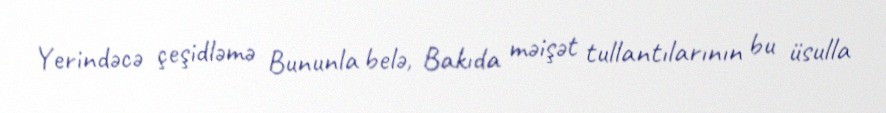
Yerindəcə çeşidləmə Bununla belə, Bakıda məişət tullantılarının bu üsulla